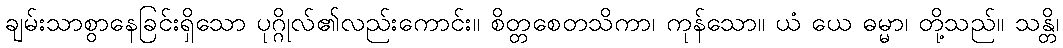
ချမ်းသာစွာနေခြင်းရှိသော ပုဂ္ဂိုလ်၏လည်းကောင်း။ စိတ္တစေတသိကာ၊ ကုန်သော။ ယံ ယေ ဓမ္မာ၊ တို့သည်။ သန္တိ၊